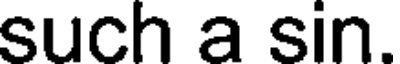
such a sin.